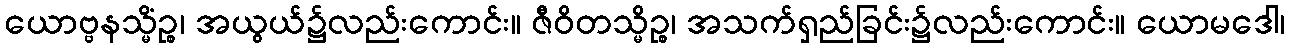
ယောဗ္ဗနသ္မိံဉ္စ၊ အယွယ်၌လည်းကောင်း။ ဇီဝိတသ္မိဉ္စ၊ အသက်ရှည်ခြင်း၌လည်းကောင်း။ ယောမဒေါ၊